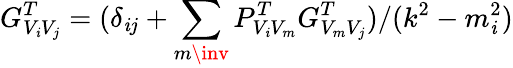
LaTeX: G_{V_{\mathit{i}}V_{j}}^{T}=(\delta_{\mathit{i}j}+\sum_{m\inv}P_{V_{\mathit{i}}V_{m}}^{T}G_{V_{m}V_{j}}^{T})/(k^{2}-m_{\mathit{i}}^{2})